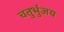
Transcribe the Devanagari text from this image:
चतुर्भुजय